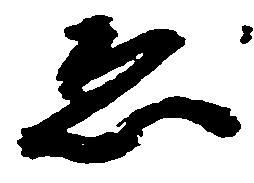
ゑ